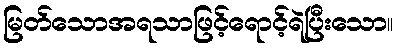
မြတ်သောအရသာဖြင့်ရောင့်ရဲပြီးသော။